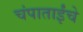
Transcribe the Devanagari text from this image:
चंपाताईंचे